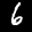
Label: 6